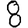
Digit: 8